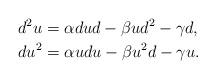
LaTeX: \begin{align*}d^2u&=\alpha dud-\beta ud^2-\gamma d,\\du^2&=\alpha udu-\beta u^2d-\gamma u.\end{align*}